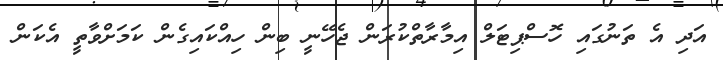
އަދި އެ ތަނުގައި ހޮސްޕިޓަލް އިމާރާތްކުރަން ޖެހޭނީ ބިން ހިއްކައިގެން ކަމަށްވާތީ އެކަން